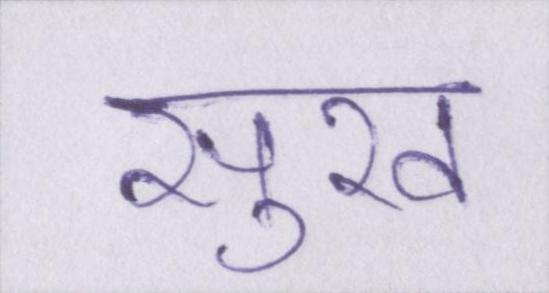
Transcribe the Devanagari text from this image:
सुख